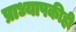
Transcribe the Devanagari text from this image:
प्राध्यापकीही